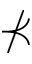
\nprec